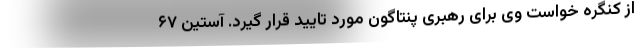
از کنگره خواست وی برای رهبری پنتاگون مورد تایید قرار گیرد. آستین ۶۷